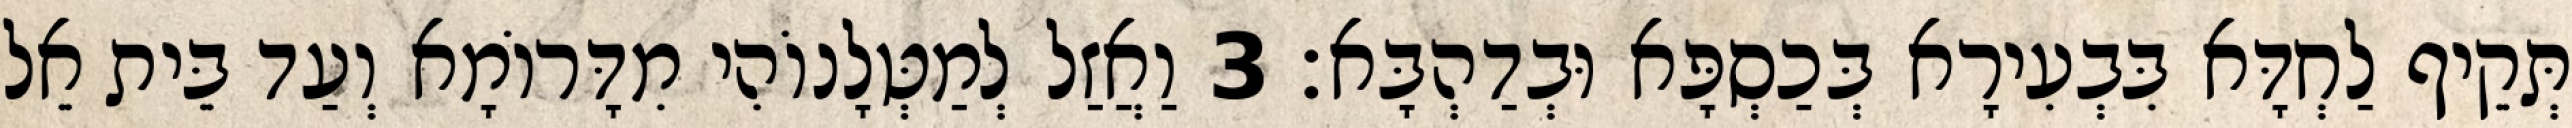
תְּקֵיף לַחְדָּא בִּבְעִירָא בְּכַסְפָּא וּבְדַהְבָּא׃ 3 וַאֲזַל לְמַטְּלָנוֹהִי מִדָּרוֹמָא וְעַד בֵּית אֵל